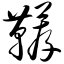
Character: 鞯